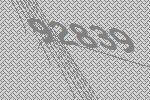
92839